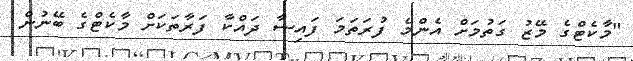
"މާކެޓްގެ މޭޒު ގަތުމަށް އެންމެ ފުރަތަމަ ފައިސާ ދައްކާ ފަރާތަކަށް މާކެޓްގެ ބޭނުން